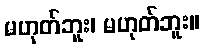
မဟုတ်ဘူး၊ မဟုတ်ဘူး။